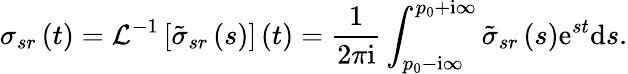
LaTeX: \sigma_{sr}\left(t\right)=\mathcal{L}^{-1}\left[\tilde{\sigma}_{sr}\left(s\right)\right]\left(t\right)=\frac{1}{2\pi\mathrm{i}}\int_{p_{0}-\mathrm{i}\infty}^{p_{0}+\mathrm{i}\infty}\tilde{\sigma}_{sr}\left(s\right)\mathrm{e}^{st}\mathrm{d}s.